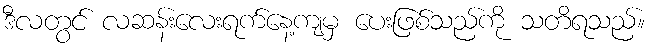
ဒီလတွင် လဆန်းလေးရက်နေ့ကျမှ ပေးဖြစ်သည်ကို သတိရသည်။